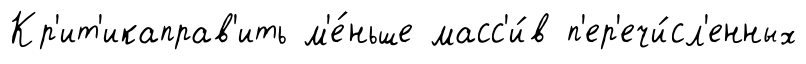
Кр'ит'икаправ'ить м'е́ньше масс'и́в п'ер'ечи́сл'енных